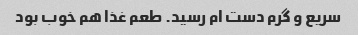
سریع و گرم دست ام رسید. طعم غذا هم خوب بود